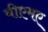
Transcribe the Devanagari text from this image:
वीएमए